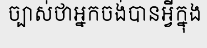
ច្បាស់ថាអ្នកចង់បានអ្វីក្នុង